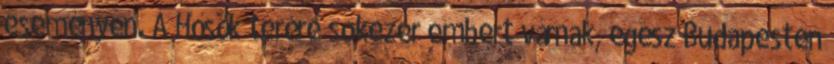
eseményen. A Hősök terére sokezer embert várnak, egész Budapesten